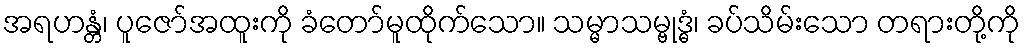
အရဟန္တံ၊ ပူဇော်အထူးကို ခံတော်မူထိုက်သော။ သမ္မာသမ္ဗုဒ္ဓံ၊ ခပ်သိမ်းသော တရားတို့ကို